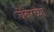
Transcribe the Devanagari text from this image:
चेंबरच्या